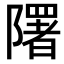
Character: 𨽉